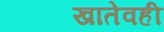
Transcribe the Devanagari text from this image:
खातेवही